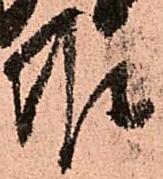
候